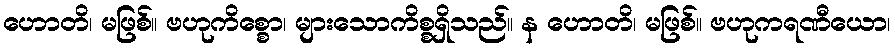
ဟောတိ၊ မဖြစ်။ ဗဟုကိစ္စော၊ များသောကိစ္စရှိသည်။ န ဟောတိ၊ မဖြစ်။ ဗဟုကရဏီယော၊